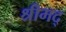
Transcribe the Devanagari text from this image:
श्रीमद्‍